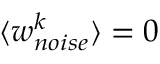
\langle w _ { n o i s e } ^ { k } \rangle = 0